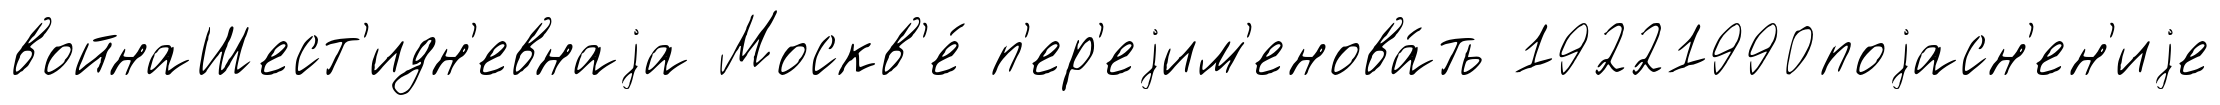
войнаШест'идн'евнаjа Москв'е́ п'ер'еjим'енова́ть 19221990поjасн'ен'иjе